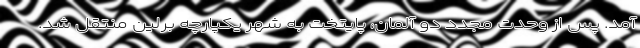
آمد. پس از وحدت مجدد دو آلمان، پايتخت به شهر يكپارچه برلين منتقل شد.